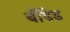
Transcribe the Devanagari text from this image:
बौंडेड